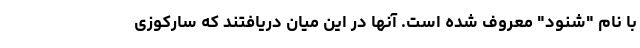
با نام "شنود" معروف شده است. آنها در این میان دریافتند که سارکوزی